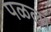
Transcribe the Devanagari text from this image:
पळला